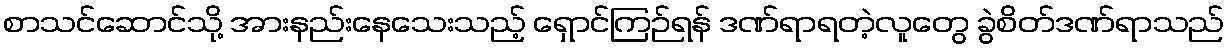
စာသင်ဆောင်သို့ အားနည်းနေသေးသည့် ရှောင်ကြဉ်ရန် ဒဏ်ရာရတဲ့လူတွေ ခွဲစိတ်ဒဏ်ရာသည်